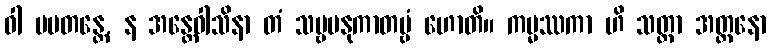
ဝါ ပပတန္တေ, န အန္တေဝါသိနာ တံ သဗ္ဗမနုကာတဗ္ဗံ ဟောတိ။ ကမ္မဿကာ ဟိ သတ္တာ အတ္တနော